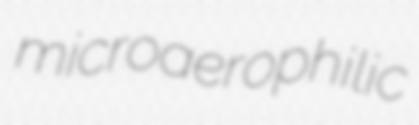
microaerophilic